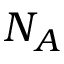
N _ { A }